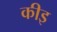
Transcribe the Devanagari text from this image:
कीइ